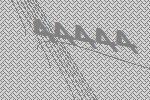
44444